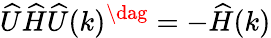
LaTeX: \widehat{U}\widehat{H}\widehat{U}(k)^{\dag}=-\widehat{H}(k)